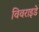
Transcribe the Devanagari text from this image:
विवराइडे